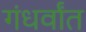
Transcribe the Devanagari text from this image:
गंधर्वांत